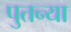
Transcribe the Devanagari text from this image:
पुतन्या